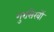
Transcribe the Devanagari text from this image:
गुरसिखों